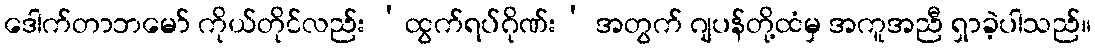
ဒေါက်တာဘမော် ကိုယ်တိုင်လည်း ‘ထွက်ရပ်ဂိုဏ်း’ အတွက် ဂျပန်တို့ထံမှ အကူအညီ ရှာခဲ့ပါသည်။